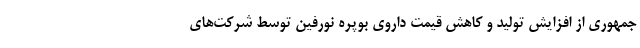
جمهوری از افزایش تولید و کاهش قیمت داروی بوپره نورفین توسط شرکت‌های